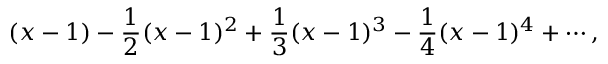
( x - 1 ) - { \frac { 1 } { 2 } } ( x - 1 ) ^ { 2 } + { \frac { 1 } { 3 } } ( x - 1 ) ^ { 3 } - { \frac { 1 } { 4 } } ( x - 1 ) ^ { 4 } + \cdots ,